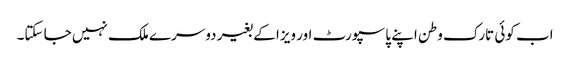
اب کوئی تارک وطن اپنے پاسپورٹ اور ویزا کے بغیر دوسرے ملک نہیں جا سکتا۔